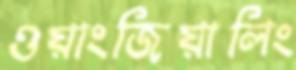
ওয়াংজিয়ালিং